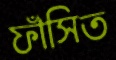
ফাঁসিত